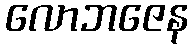
လောဘဇေန